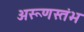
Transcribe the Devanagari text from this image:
अरूणस्तंभ